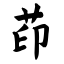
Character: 茚